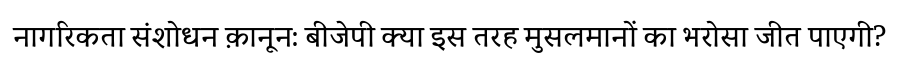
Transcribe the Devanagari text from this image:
नागरिकता संशोधन क़ानून: बीजेपी क्या इस तरह मुसलमानों का भरोसा जीत पाएगी?